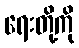
ရေးတို့ကို